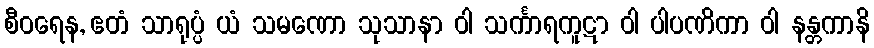
စီဝရေန, ဧတံ သာရုပ္ပံ ယံ သမဏော သုသာနာ ဝါ သင်္ကာရကူဋာ ဝါ ပါပဏိကာ ဝါ နန္တကာနိ